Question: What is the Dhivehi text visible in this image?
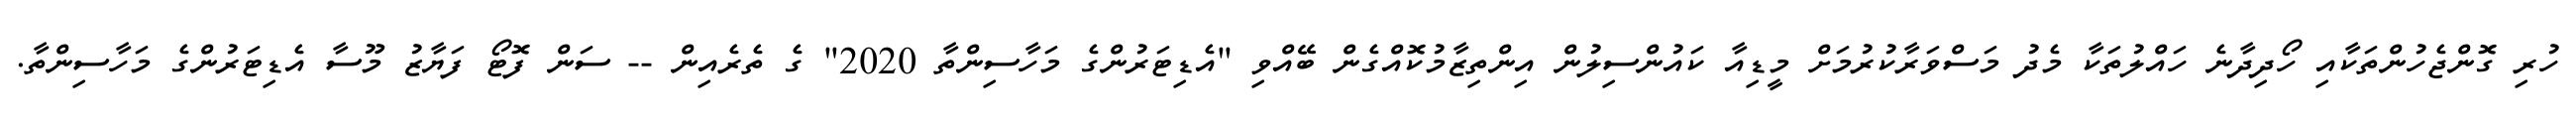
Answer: ހުރި ގޮންޖެހުންތަކާއި ހޯދިދާނެ ހައްލުތަކާ މެދު މަސްވަރާކުރުމަށް މީޑިއާ ކައުންސިލުން އިންތިޒާމުކޮއްގެން ބޭއްވި "އެޑިޓަރުންގެ މަހާސިންތާ 2020" ގެ ތެރެއިން -- ސަން ފޮޓޯ ފަޔާޒު މޫސާ އެޑިޓަރުންގެ މަހާސިންތާ.